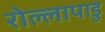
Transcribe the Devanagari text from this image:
रोल्लापाडु